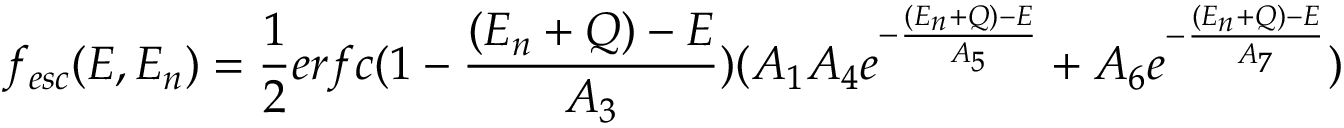
f _ { e s c } ( E , E _ { n } ) = \frac { 1 } { 2 } e r f c ( 1 - \frac { ( E _ { n } + Q ) - E } { A _ { 3 } } ) ( A _ { 1 } A _ { 4 } e ^ { - \frac { ( E _ { n } + Q ) - E } { A _ { 5 } } } + A _ { 6 } e ^ { - \frac { ( E _ { n } + Q ) - E } { A _ { 7 } } } )